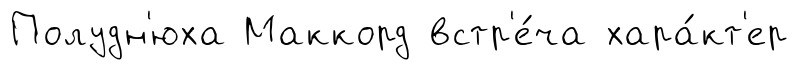
Полудн'юха Маккорд встр'е́ча хара́кт'ер